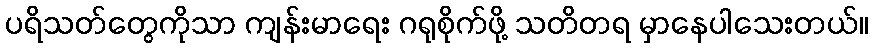
ပရိသတ်တွေကိုသာ ကျန်းမာရေး ဂရုစိုက်ဖို့ သတိတရ မှာနေပါသေးတယ်။